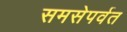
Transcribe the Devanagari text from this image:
समसेपर्वत